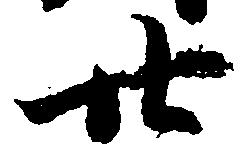
廿